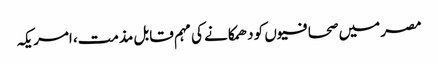
مصر میں صحافیوں کو دھمکانے کی مہم قابل مذمت، امریکہ